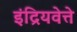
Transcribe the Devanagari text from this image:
इंद्रियवेत्ते